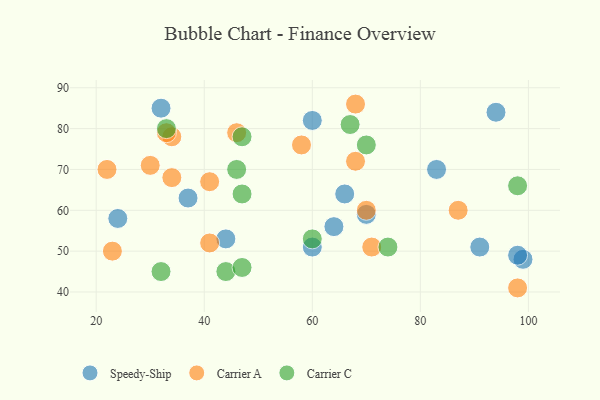
{"axis": {"x": "GDP", "y": "Life Expectancy"}, "legend": ["Carrier A", "Carrier C", "Speedy-Ship"], "data": [{"x": "94", "y": 84, "type": "Speedy-Ship"}, {"x": "60", "y": 82, "type": "Speedy-Ship"}, {"x": "60", "y": 51, "type": "Speedy-Ship"}, {"x": "70", "y": 59, "type": "Speedy-Ship"}, {"x": "99", "y": 48, "type": "Speedy-Ship"}, {"x": "91", "y": 51, "type": "Speedy-Ship"}, {"x": "32", "y": 85, "type": "Speedy-Ship"}, {"x": "64", "y": 56, "type": "Speedy-Ship"}, {"x": "66", "y": 64, "type": "Speedy-Ship"}, {"x": "98", "y": 49, "type": "Speedy-Ship"}, {"x": "37", "y": 63, "type": "Speedy-Ship"}, {"x": "83", "y": 70, "type": "Speedy-Ship"}, {"x": "44", "y": 53, "type": "Speedy-Ship"}, {"x": "24", "y": 58, "type": "Speedy-Ship"}, {"x": "71", "y": 51, "type": "Carrier A"}, {"x": "34", "y": 68, "type": "Carrier A"}, {"x": "34", "y": 78, "type": "Carrier A"}, {"x": "22", "y": 70, "type": "Carrier A"}, {"x": "58", "y": 76, "type": "Carrier A"}, {"x": "41", "y": 67, "type": "Carrier A"}, {"x": "70", "y": 60, "type": "Carrier A"}, {"x": "33", "y": 79, "type": "Carrier A"}, {"x": "23", "y": 50, "type": "Carrier A"}, {"x": "30", "y": 71, "type": "Carrier A"}, {"x": "68", "y": 86, "type": "Carrier A"}, {"x": "98", "y": 41, "type": "Carrier A"}, {"x": "46", "y": 79, "type": "Carrier A"}, {"x": "87", "y": 60, "type": "Carrier A"}, {"x": "41", "y": 52, "type": "Carrier A"}, {"x": "68", "y": 72, "type": "Carrier A"}, {"x": "44", "y": 45, "type": "Carrier C"}, {"x": "33", "y": 80, "type": "Carrier C"}, {"x": "46", "y": 70, "type": "Carrier C"}, {"x": "74", "y": 51, "type": "Carrier C"}, {"x": "32", "y": 45, "type": "Carrier C"}, {"x": "98", "y": 66, "type": "Carrier C"}, {"x": "60", "y": 53, "type": "Carrier C"}, {"x": "47", "y": 46, "type": "Carrier C"}, {"x": "47", "y": 64, "type": "Carrier C"}, {"x": "70", "y": 76, "type": "Carrier C"}, {"x": "67", "y": 81, "type": "Carrier C"}, {"x": "47", "y": 78, "type": "Carrier C"}]}